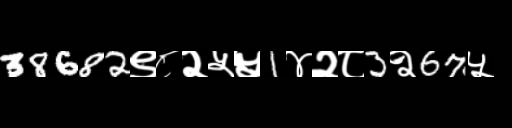
Text: 38682९८२५५1४२८3२67५